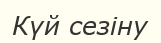
Күй сезіну